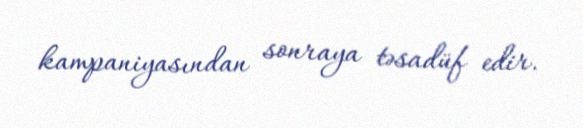
kampaniyasından sonraya təsadüf edir.